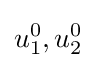
u_{1}^{0},u_{2}^{0}